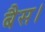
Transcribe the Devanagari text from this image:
बैस।